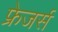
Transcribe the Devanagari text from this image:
फ्रेजर्स